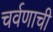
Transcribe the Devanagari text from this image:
चर्वणाची